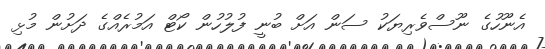
އެނޫހުގެ ނޫސްވެރިޔަކު ސަން އަށް ބުނީ ފުލުހުން ކޯޓް އަމުރެއްގެ ދަށުން މުޅި